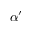
\alpha ^ { \prime }